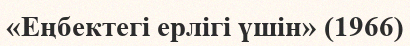
«Еңбектегі ерлігі үшін» (1966)